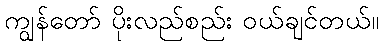
ကျွန်တော် ပိုးလည်စည်း ဝယ်ချင်တယ်။